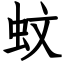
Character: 蚊